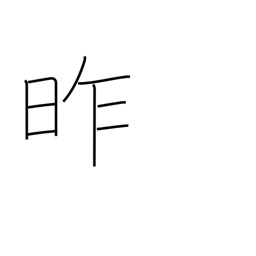
Meaning: yesterday